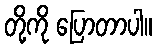
တို့ကို ပြောတာပါ။